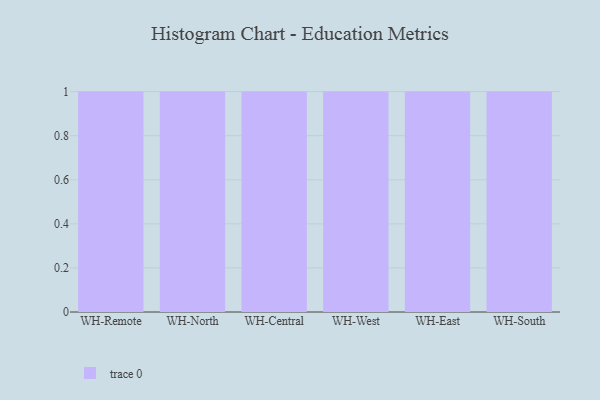
{"axis": {"x": "Warehouse", "y": "Headcount"}, "legend": [""], "data": [{"x": "WH-Remote", "y": 45, "type": ""}, {"x": "WH-North", "y": 20, "type": ""}, {"x": "WH-Central", "y": 91, "type": ""}, {"x": "WH-West", "y": 4, "type": ""}, {"x": "WH-East", "y": 75, "type": ""}, {"x": "WH-South", "y": 55, "type": ""}]}